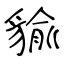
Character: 貐